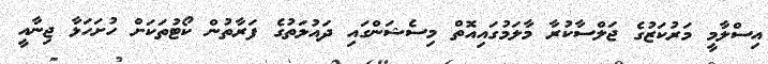
އިސްލާމީ މަރުކަޒުގެ ޖަލްސާކުރާ މާލަމުގައިއޮތް މިސެޝަންގައި ދައުލަތުގެ ފަރާތުން ކޯޓުތަކަށް ހުށަހަޅާ ޖިނާއީ